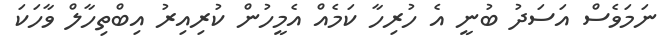
ނަމަވެސް އަސަދު ބުނީ އެ ހުރިހާ ކަމެއް އެމީހުން ކުރިއިރު އިބްތިހާލް ވާހަކަ